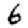
Digit: 6